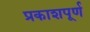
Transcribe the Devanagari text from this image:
प्रकाशपूर्ण